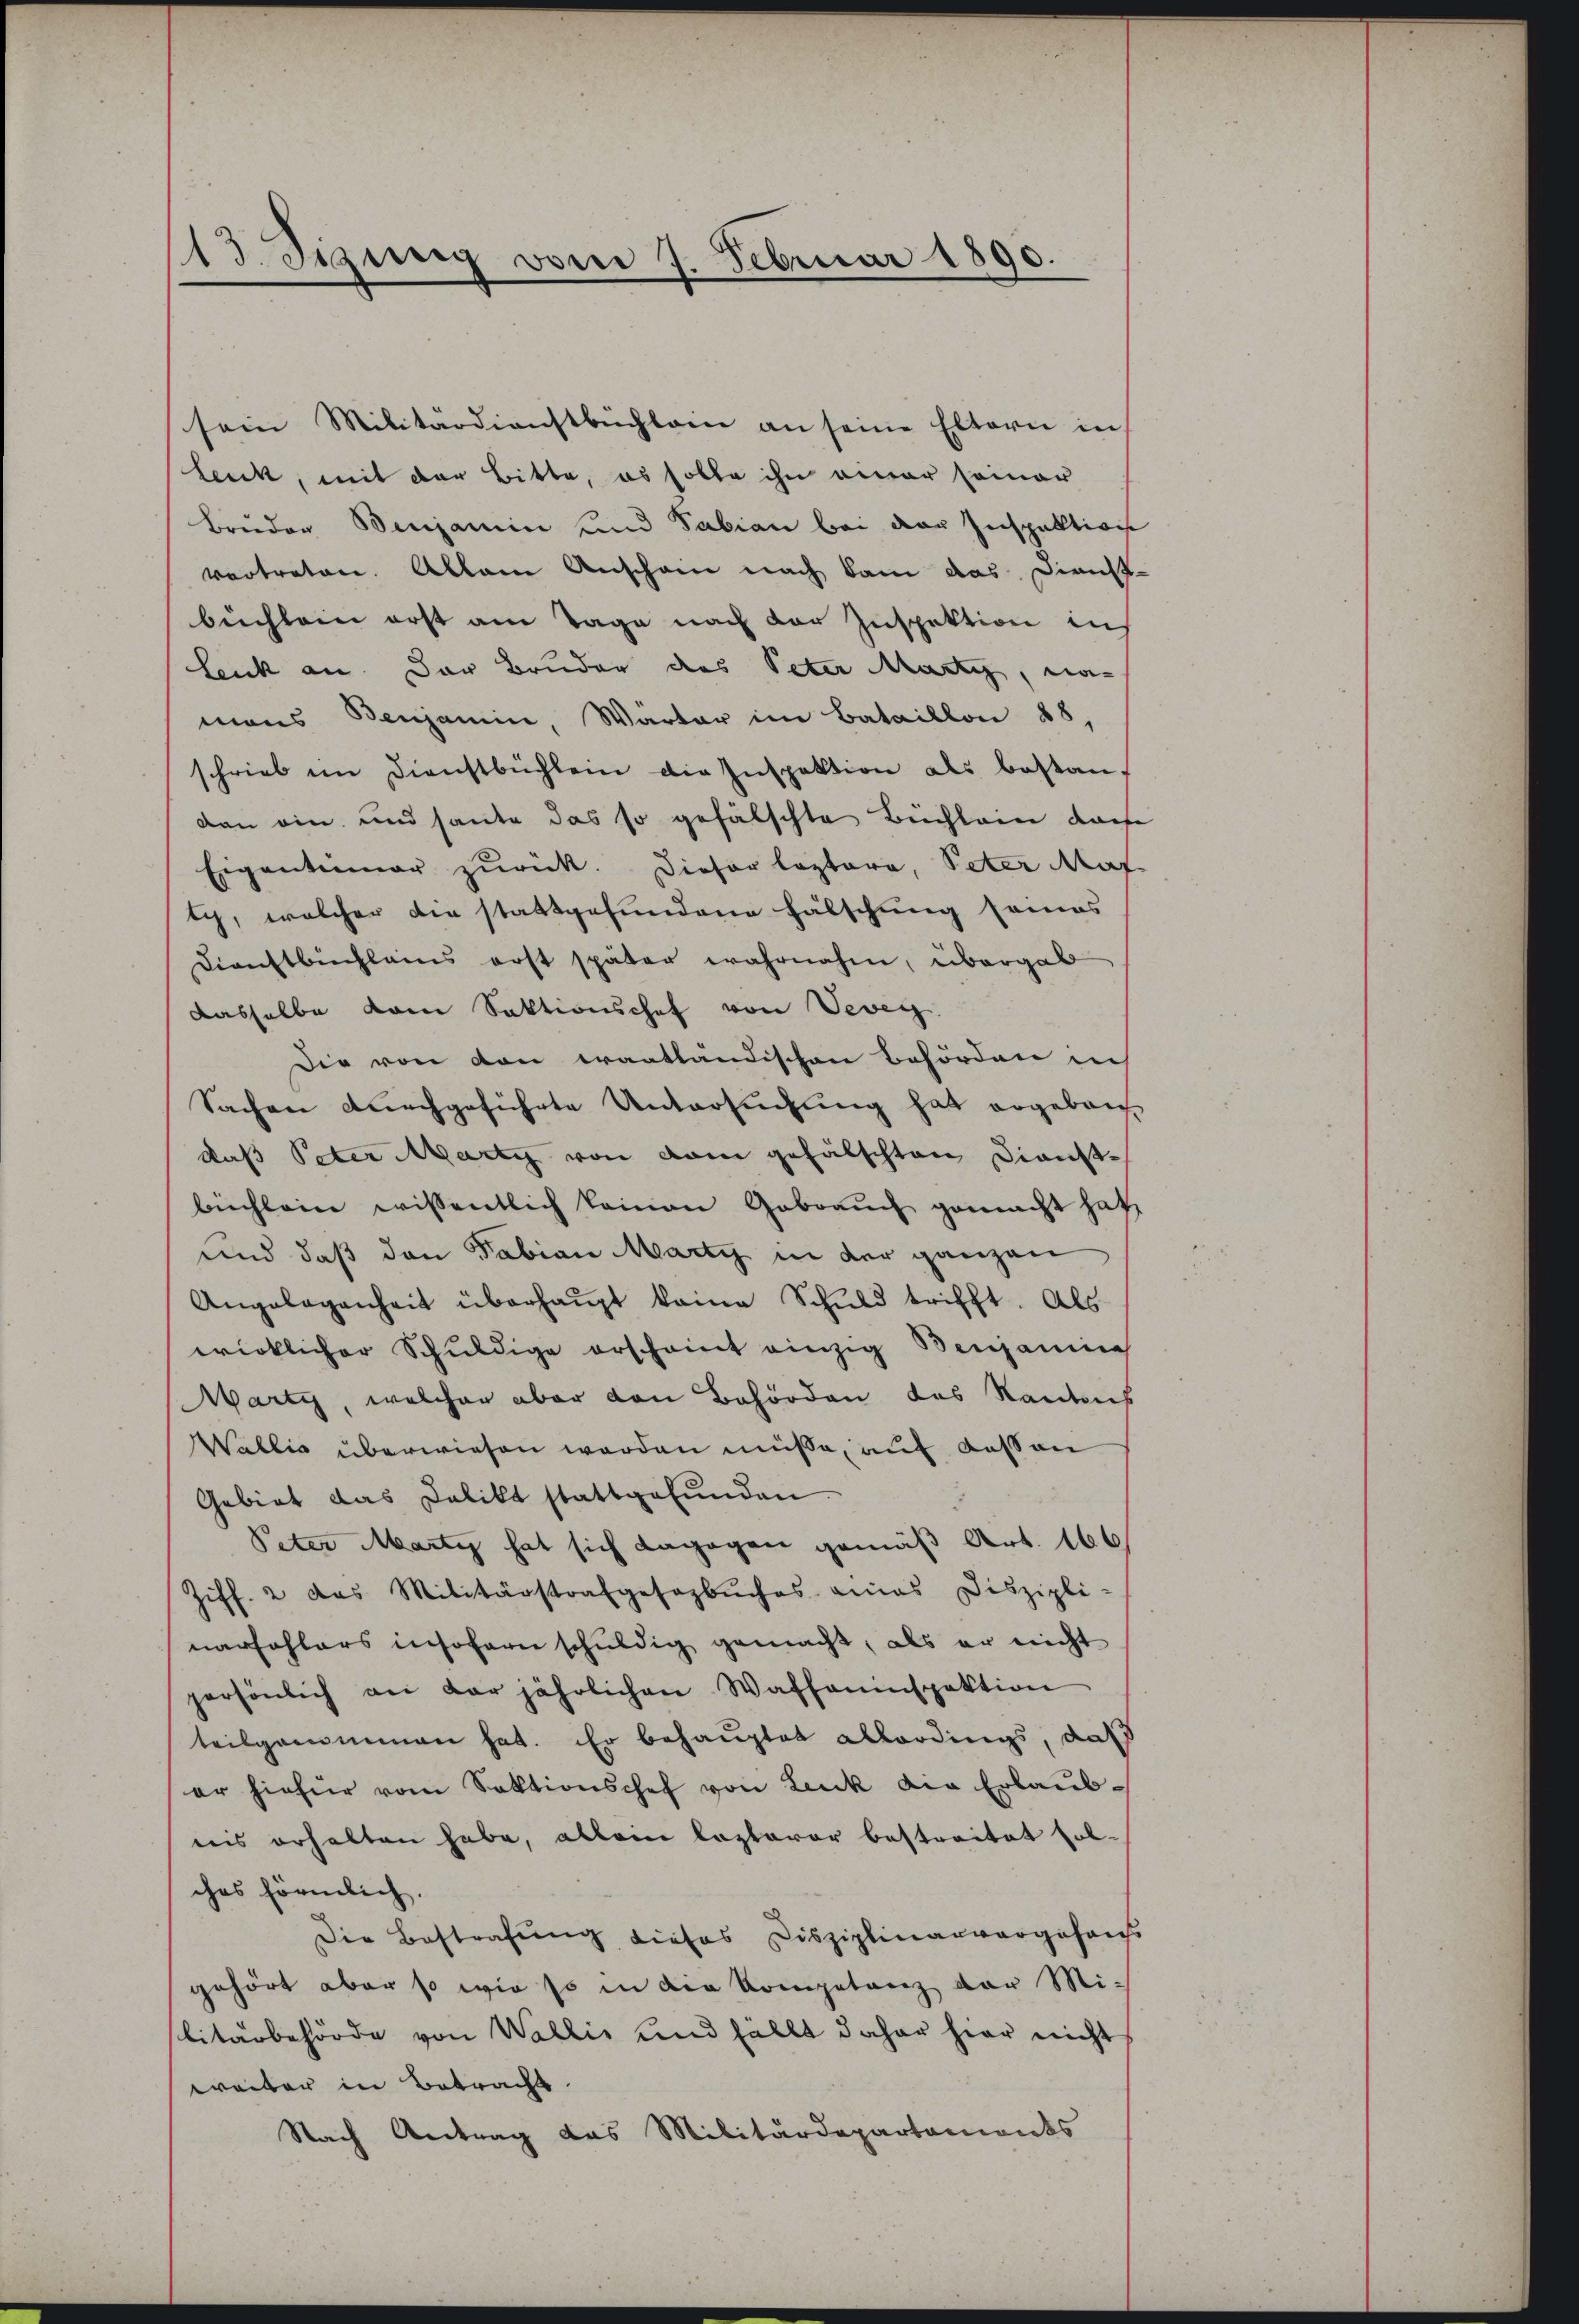
113. Sizung vom 1. Februar 1890.

sein Militärdienstbüchlein an seine Eltern in
Leuk, mit der Bitte, es solle ihn einer seiner
Bruden Benjamin und Sabian bei der Inspektion
vortreten. Allein Anscham nach kam das Dienst-
büchlein erst am Tage nach der Inspektion in
Leuk an. Der Bruder das Peter Marti, namans Benjamin, Warter im Bataillon 88,
schrieb im Dienstbüchlein die Inspektion als bestan-
den ein und heute das so gefälschte Büchlein dach
Eigentümer zurück. Dieser leztere, Peter Maf
Ich, welcher die stattgefundene Fälschung seines
Dienstbuchlains erst später wahrnahm, übergab
dasselbe vom Sektionschef von Vevey
Die von von Frantländischen Behörden in
Sachen nachgeführte Untersuchung hat ergeben
daß Peter Marty von dem gefälschten Dienstbüchlein wissentlich keinen Gebrauch gemacht hat,
und daß den Fabian Marty in der ganzen
Angelegenheit überhaupt keine Schuld trifft. Als
wirklicher Schuldige erscheint einzig Benjamine
Marty, welcher aber den Behörden das Kantons
Wallis überwiesen werden müße, auf dass an
Gebiet das Delikt stattgefunden.
Peter Marti hat sich dagegen gemäß Art. 166
Ziff. 2 das Militärstrafgesezbŭches eines Diszipli-
narfohlers insofern schuldig gemacht, als er nicht
persönlich an der jährlichen Waffeninspektion
teilgenommen hat. Er behauptet allerdings, daß
er hiefür vom Sektionschef von Leuk die Erlaubnis erhalten habe, allein lezterer bestreitet sol-
ches förmlich.
Die Bestrafung dieses Disziplinarvorgefans
gehört aber so wie so in die Kompetenz der Militärbehörde von Wallis und fällt daher hier nicht
weiter in Betracht.
Nach Antrag das Militärdepartements